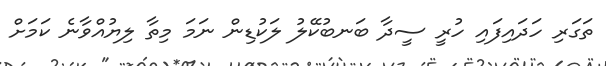
ތަގަރި ހަދައިފައި ހުރީ ސީދާ ބަނބުކޭލު ލަކުޑިން ނަމަ މިތާ ލިޔުއްވާނެ ކަމަށް